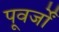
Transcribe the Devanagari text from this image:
पूवर्जों